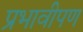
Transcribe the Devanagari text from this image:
प्रभावीपण